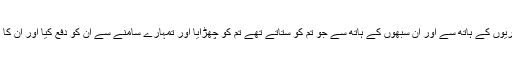
9مَیں نے مِصریوں کے ہاتھ سے اور اُن سبھوں کے ہاتھ سے جو تُم کو ستاتے تھے تُم کو چُھڑایا اور تُمہارے سامنے سے اُن کو دفع کِیا اور اُن کا مُلک تُم کو دِیا۔